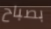
بصباح